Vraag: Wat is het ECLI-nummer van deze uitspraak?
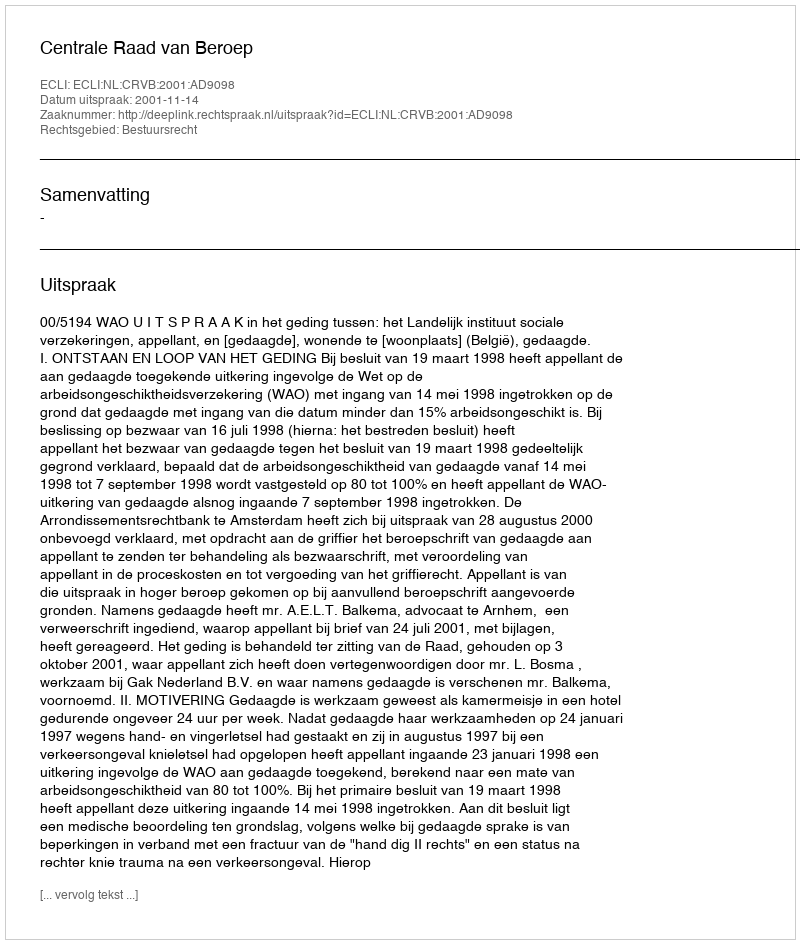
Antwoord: ECLI:NL:CRVB:2001:AD9098